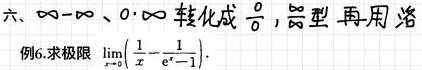
六、$\infty - \infty$、$0 \cdot \infty$ 转化成 $\frac{0}{0}$，$\frac{\infty}{\infty}$ 型再用洛
例6. 求极限 $\lim_{x \to 0} \left( \frac{1}{x} - \frac{1}{e^{x}-1} \right)$.